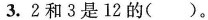
3.2和3是12的()。